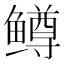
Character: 鳟